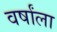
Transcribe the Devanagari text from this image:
वर्षांला